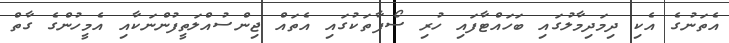
އެތަނުގެ އެކި ދިމަދިމާލުގައި ބަހައްޓާފައި ހުރި ސޯފާތަކުގައި އެތައް ޖިންސުއްލަތީފުންނަކާއި އެމީހުންގެ ގާތް